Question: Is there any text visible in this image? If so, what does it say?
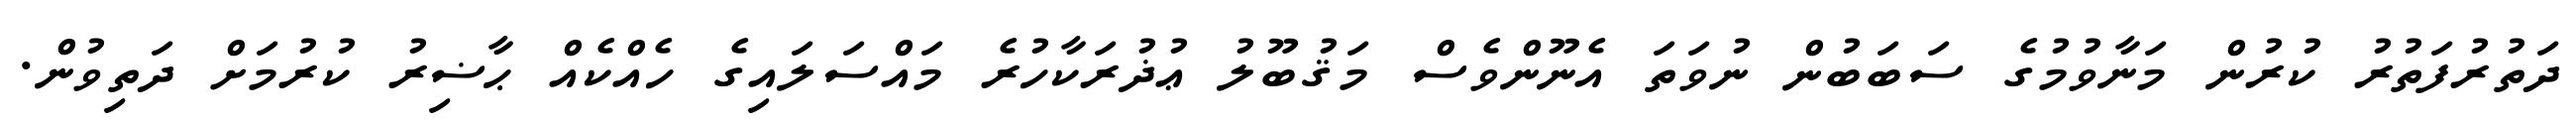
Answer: ދަތުރުފަތުރު ކުރުން މަނާވުމުގެ ސަބަބުން ނުވަތަ އެނޫންވެސް މަޤުބޫލު ޢުޛުރަކާހުރެ މައްސަލައިގެ ހެއްކެއް ޙާޟިރު ކުރުމަށް ދަތިވުން.